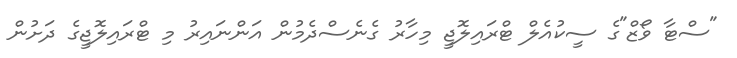
"ސްޓާ ވޯޒް"ގެ ސީކުއެލް ޓްރައިލޮޖީ މިހާރު ގެނެސްދެމުން އަންނައިރު މި ޓްރައިލޮޖީގެ ދަށުން